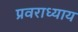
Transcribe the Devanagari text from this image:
प्रवराध्याय